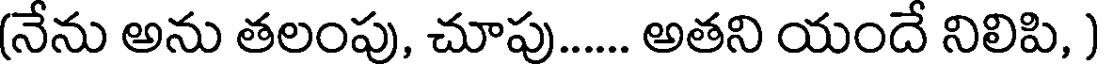
(నేను అను తలంపు, చూపు..... అతని యందే నిలిపి, )